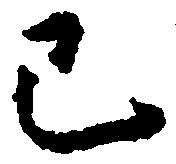
已